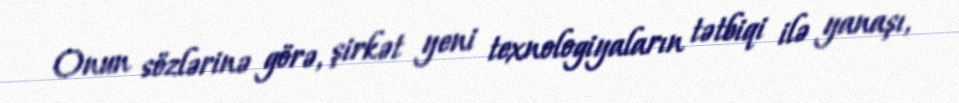
Onun sözlərinə görə, şirkət yeni texnologiyaların tətbiqi ilə yanaşı,